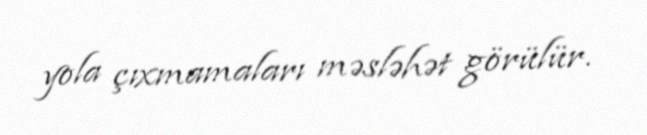
yola çıxmamaları məsləhət görülür.